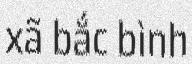
xã bắc bình